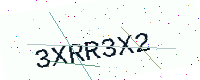
Text: 3XRR3X2